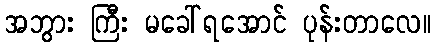
အဘွား ကြီး မခေါ်ရအောင် ပုန်းတာလေ။